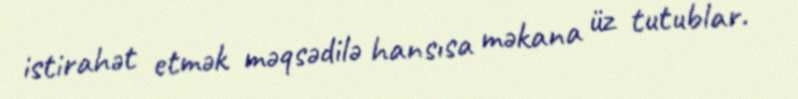
istirahət etmək məqsədilə hansısa məkana üz tutublar.